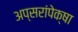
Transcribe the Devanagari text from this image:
अप्सरांपेक्षा